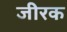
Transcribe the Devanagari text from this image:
जीरक